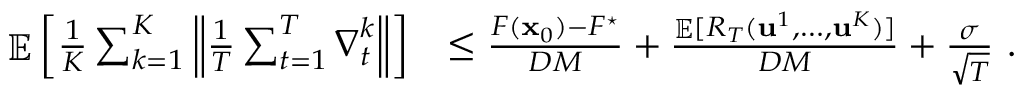
\begin{array} { r l } { \mathop { \mathbb { E } } \left[ \frac { 1 } { K } \sum _ { k = 1 } ^ { K } \left\| \frac { 1 } { T } \sum _ { t = 1 } ^ { T } { \boldsymbol \nabla } _ { t } ^ { k } \right\| \right] } & { \le \frac { F ( { \mathbf x } _ { 0 } ) - F ^ { \star } } { D M } + \frac { \mathop { \mathbb { E } } [ R _ { T } ( \mathbf { u } ^ { 1 } , \dots , \mathbf { u } ^ { K } ) ] } { D M } + \frac { \sigma } { \sqrt { T } } ~ . } \end{array}